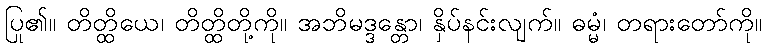
ပြု၏။ တိတ္ထိယေ၊ တိတ္ထိတို့ကို။ အဘိမဒ္ဒန္တော၊ နှိပ်နင်းလျက်။ ဓမ္မံ၊ တရားတော်ကို။